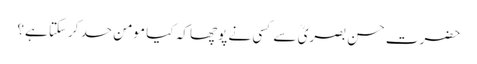
حضرت حسن بصریؒ سے کسی نے پوچھا کہ کیا مومن حسد کرسکتا ہے؟